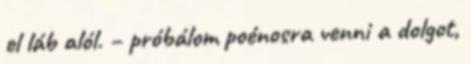
el láb alól. – próbálom poénosra venni a dolgot,